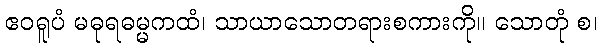
ဧဝရူပံ မဓုရဓမ္မကထံ၊ သာယာသောတရားစကားကို။ သောတုံ စ၊